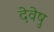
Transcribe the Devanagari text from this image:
देवेषु